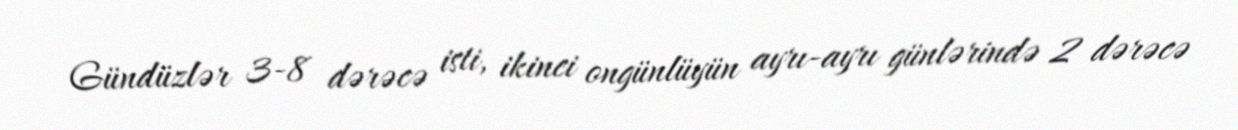
Gündüzlər 3-8 dərəcə isti, ikinci ongünlüyün ayrı-ayrı günlərində 2 dərəcə